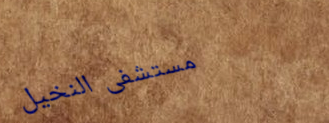
مستشفى النخيل